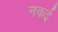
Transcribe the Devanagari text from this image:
नकई